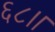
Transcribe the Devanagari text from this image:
६८।।